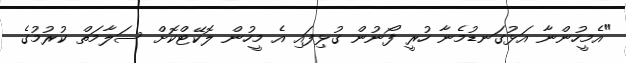
"އެމީހުންނާ އަޅުގަނޑުމެނާ ހުރީ ފޯނުން ގުޅިފައި އެ މީހުން ލޮކޭޓްކޮށް ސަލާމަތް ކުރުމުގެ